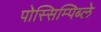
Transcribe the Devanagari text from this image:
पोस्सिम्पिब्ले